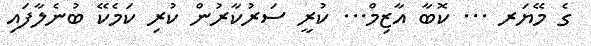
ގެ މޭޔަރ ... ކޮބާ އާޒިމް... ކުރީ ސަރުކާރުން ކުރި ކަމެކޭ ބުނެލާފައި